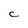
Character: C